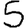
Digit: 5